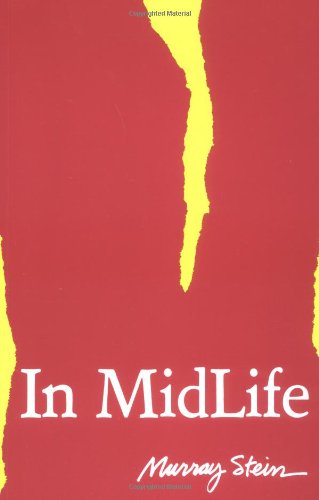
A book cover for In Midlife: A Jungian Perspective (Seminar Series 15); Murray Stein; Self-Help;